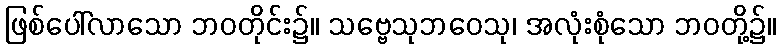
ဖြစ်ပေါ်လာသော ဘဝတိုင်း၌။ သဗ္ဗေသုဘဝေသု၊ အလုံးစုံသော ဘဝတို့၌။